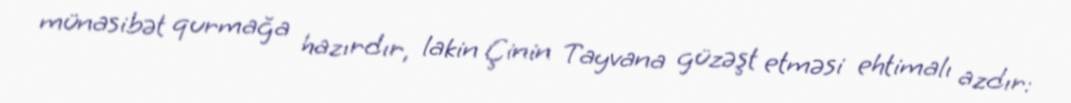
münasibət qurmağa hazırdır, lakin Çinin Tayvana güzəşt etməsi ehtimalı azdır: